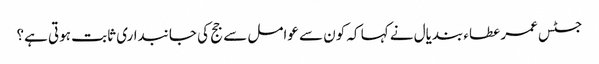
جسٹس عمر عطاء بندیال نے کہا کہ کون سے عوامل سے جج کی جانبداری ثابت ہوتی ہے؟